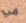
في